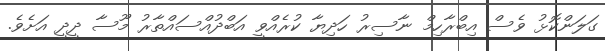
ގަލަންކޮޅު ވެސް އިބްރާހިމް ނާސިރު ހަދިޔާ ކުރެއްވީ އަބްދުއްސައްތާރު މޫސާ ދީދީ އަށެވެ.